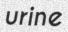
urine